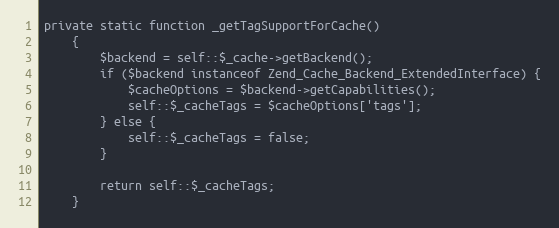
Language: PHP
private static function _getTagSupportForCache()
    {
        $backend = self::$_cache->getBackend();
        if ($backend instanceof Zend_Cache_Backend_ExtendedInterface) {
            $cacheOptions = $backend->getCapabilities();
            self::$_cacheTags = $cacheOptions['tags'];
        } else {
            self::$_cacheTags = false;
        }

        return self::$_cacheTags;
    }